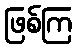
ဖြစ်ကြ